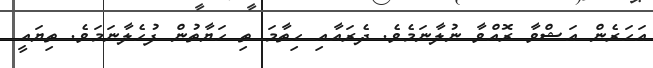
އަހަރެން އަޝްވާ ރޮއްވާ ނުލާނަމެވެ. ދެރައާއި ހިތާމަ ތި ހަޔާތުން ފުހެލާނަމަވެ. ތިޔައީ